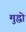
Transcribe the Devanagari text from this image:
मुद्धो